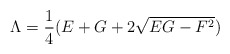
\begin{align*}\Lambda=\frac{1}{4}(E+G+2\sqrt{EG-F^{2}})\end{align*}